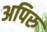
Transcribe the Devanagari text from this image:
अपिरु